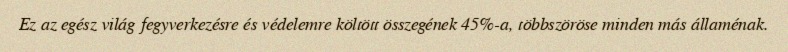
Ez az egész világ fegyverkezésre és védelemre költött összegének 45%-a, többszöröse minden más államénak.